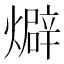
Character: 𤐙